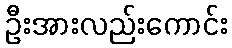
ဦးအားလည်းကောင်း